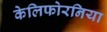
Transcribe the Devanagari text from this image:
केलिफोरनिया